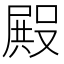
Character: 𭮺